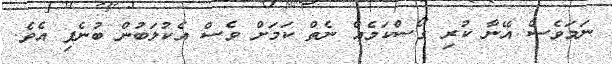
ނަމަވެސް އޭނާ ކުރި ގޯސްކަމެއް ނެތް ކަމަށް ވެސް އެކުލަބުން ބުނެފި އެވެ.